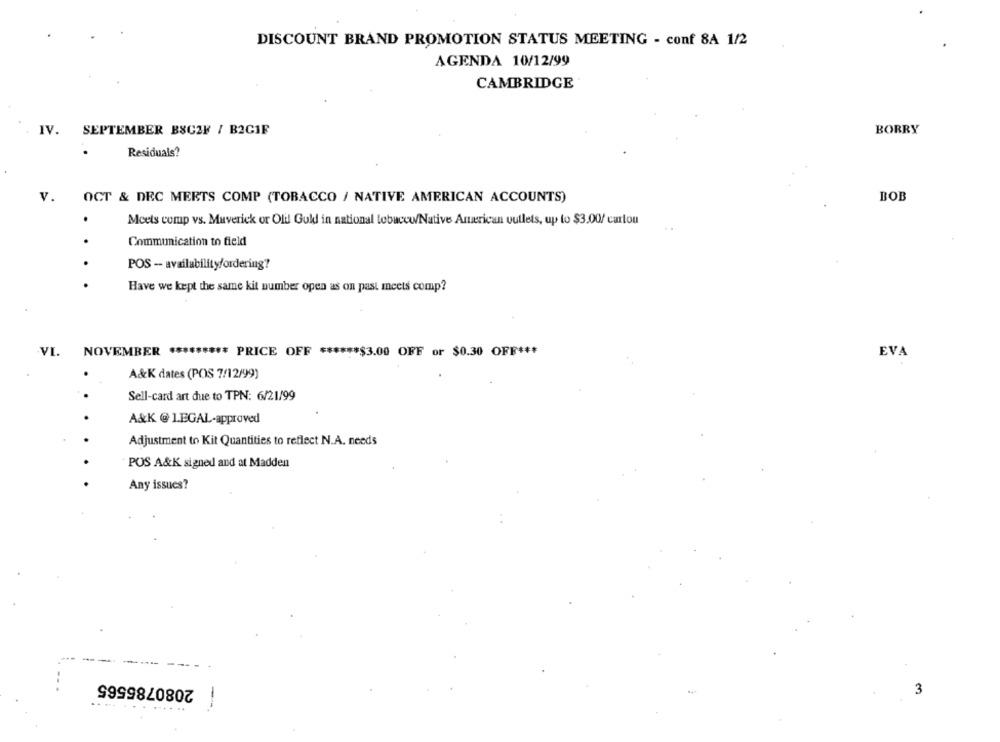
DISCOUNT BRAND PROMOTION STATUS MEETING - conf 8A 1/2
AGENDA 10/12/99
CAMBRIDGE
IV.
SEPTEMBER BSCZF / B2GIF
BORRY
Residuals?
v.
OCT & DEC MEETS COMP (TOBACCO / NATIVE AMERICAN ACCOUNTS)
BOB
Meets comp vs. Maverick or Olil Guld in national tobacco/Native American vullets, up to $3.00/ carlou
Communication to field
POS - availability/ordering?
Have we kept the same kit number open as on past meets comp?
VI. NOVEMBER ********* PRICE OFF ****** $3.00 OFF or $0.30 OFF ***
EVA
A&K dates (POS 7/12/99)
Sell-card art due to TPN: 6/21/99
A&K @ 1.EGAL-approved
Adjustment to Kit Quantities to reflect N.A. needs
POS A&K signed and at Madden
Any issues?
2080785565
3